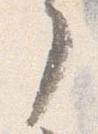
了